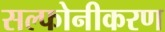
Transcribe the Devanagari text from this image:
सल्फोनीकरण